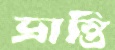
ভ্রান্তি